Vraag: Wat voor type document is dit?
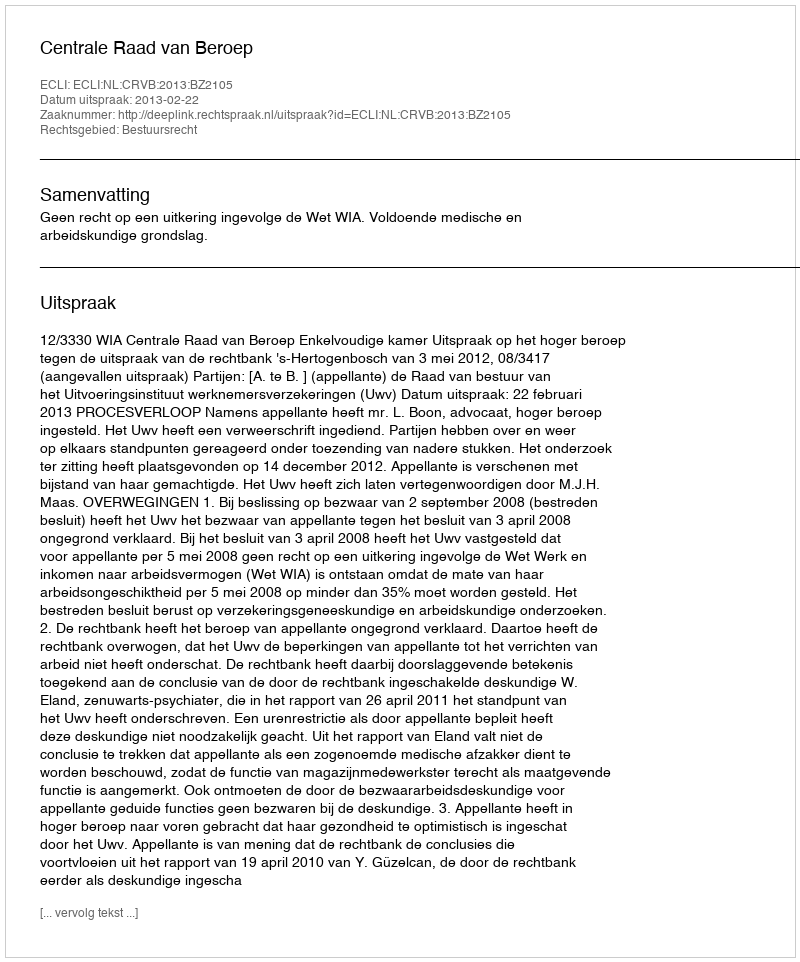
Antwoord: Uitspraak